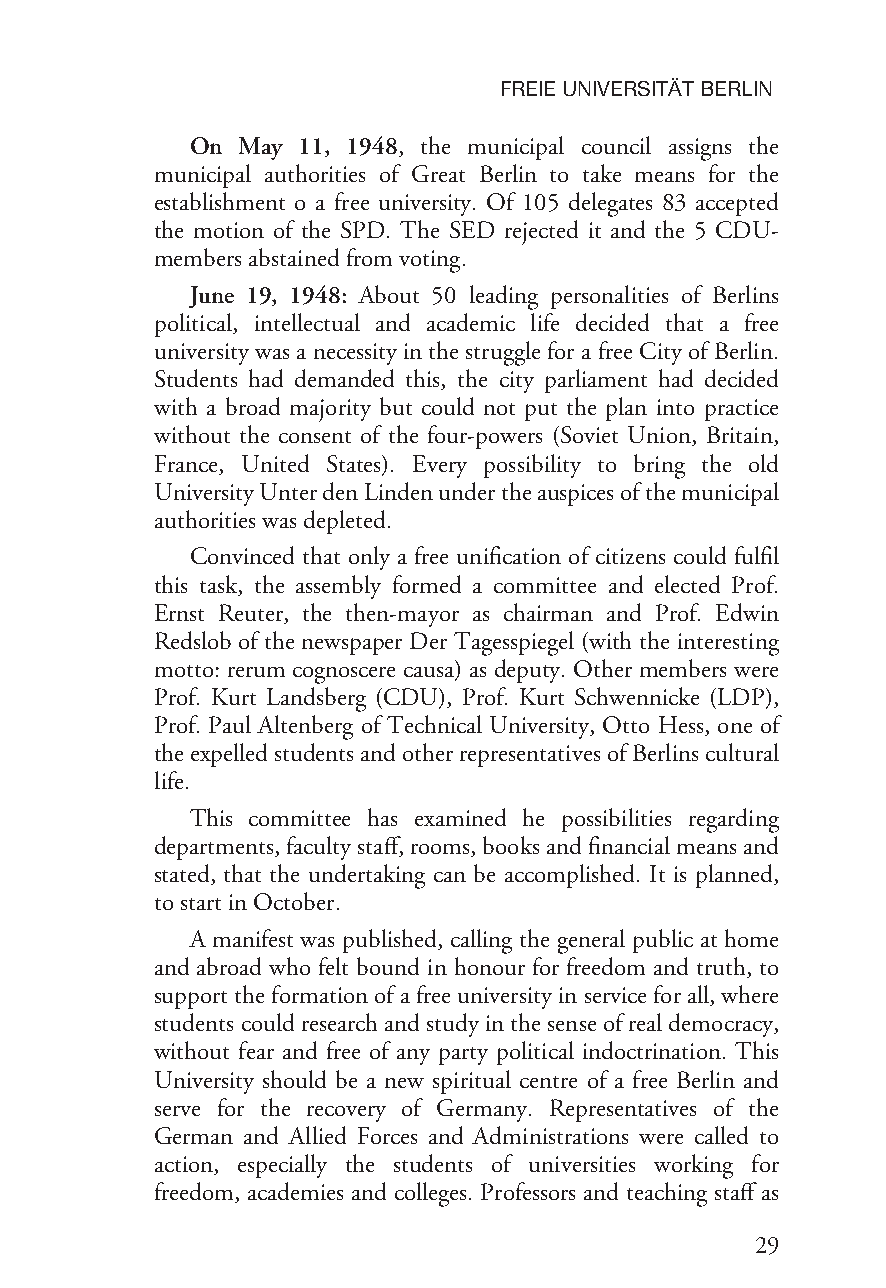
FREIEUNIVERSITÄTBERLIN
 On May 11, 1948, the municipal council assigns the
 municipal authorities of Great Berlin to take means for the
 establishment o a free university. Of 105 delegates 83 accepted
 the motion of the SPD. The SED rejected it and the 5 CDU-
 membersabstainedfrom voting.
 June 19, 1948: About 50 leading personalities of Berlins
 political, intellectual and academic life decided that a free
 university was a necessity in the struggle for a free City of Berlin.
 Students had demanded this, the city parliament had decided
 with a broad majority but could not put the plan into practice
 without the consent of the four-powers (Soviet Union, Britain,
 France, United States). Every possibility to bring the old
 UniversityUnterdenLindenundertheauspicesofthemunicipal
 authoritieswas depleted.
 Convinced that only a free unification of citizens could fulfil
 this task, the assembly formed a committee and elected Prof.
 Ernst Reuter, the then-mayor as chairman and Prof. Edwin
 Redslob of the newspaper Der Tagesspiegel (with the interesting
 motto: rerum cognoscere causa) as deputy. Other members were
 Prof. Kurt Landsberg (CDU), Prof. Kurt Schwennicke (LDP),
 Prof. Paul Altenberg of Technical University, Otto Hess, one of
 theexpelledstudentsandotherrepresentativesofBerlinscultural
 life.
 This committee has examined he possibilities regarding
 departments,facultystaff,rooms,booksandfinancialmeansand
 stated, that the undertaking can be accomplished. It is planned,
 to startinOctober.
 A manifest was published, calling the general public at home
 and abroad who felt bound in honour for freedom and truth, to
 supporttheformationofafreeuniversityinserviceforall,where
 studentscouldresearchandstudyinthesenseofrealdemocracy,
 without fear and free of any party political indoctrination. This
 University should be a new spiritual centre of a free Berlin and
 serve for the recovery of Germany. Representatives of the
 German and Allied Forces and Administrations were called to
 action, especially the students of universities working for
 freedom, academies and colleges. Professors and teaching staff as
 29